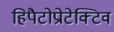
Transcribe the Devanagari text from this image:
हिपैटोप्रोटेक्टिव